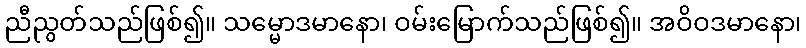
ညီညွတ်သည်ဖြစ်၍။ သမ္မောဒမာနော၊ ဝမ်းမြောက်သည်ဖြစ်၍။ အဝိဝဒမာနော၊